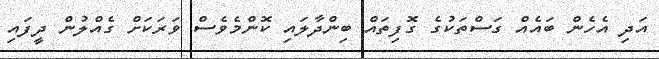
އަދި އެހެން ބައެއް ގަސްތަކުގެ ގޮފިތައް ބިންދާލައި ކޮންމެވެސް ވަރަކަށް ގެއްލުން ދީފައި